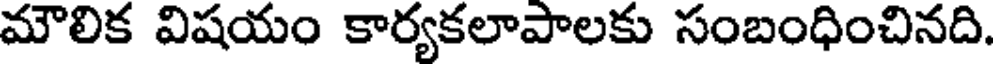
మౌలిక విషయం కార్యకలాపాలకు సంబంధించినది.